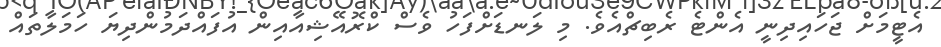
އެޓީމަށް ޖަހައިދިނީ އެންޓެ ރެބިޗްއެވެ. މި ލަނޑަށްފަހު ވެސް ކްރޮއޭޝިއާއިން އުފައްދަމުންދިޔަ ހަމަލާތައް